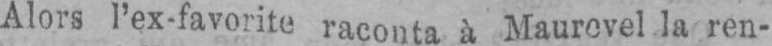
Alors l’ex-favorite raconta à Maurevel la ren-